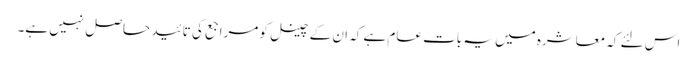
اس لئے کہ معاشرہ میں یہ بات عام ہے کہ ان کے چینل کو مراجع کی تائید حاصل نہیں ہے۔